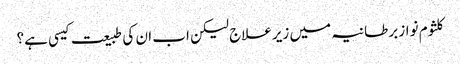
کلثوم نواز برطانیہ میں زیرعلاج لیکن اب ان کی طبیعت کیسی ہے؟